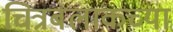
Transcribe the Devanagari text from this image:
चित्रबलाकच्या